Report of the Indian Hemp Drugs Commission, 1894-1895 - Volume V
Year: 1894
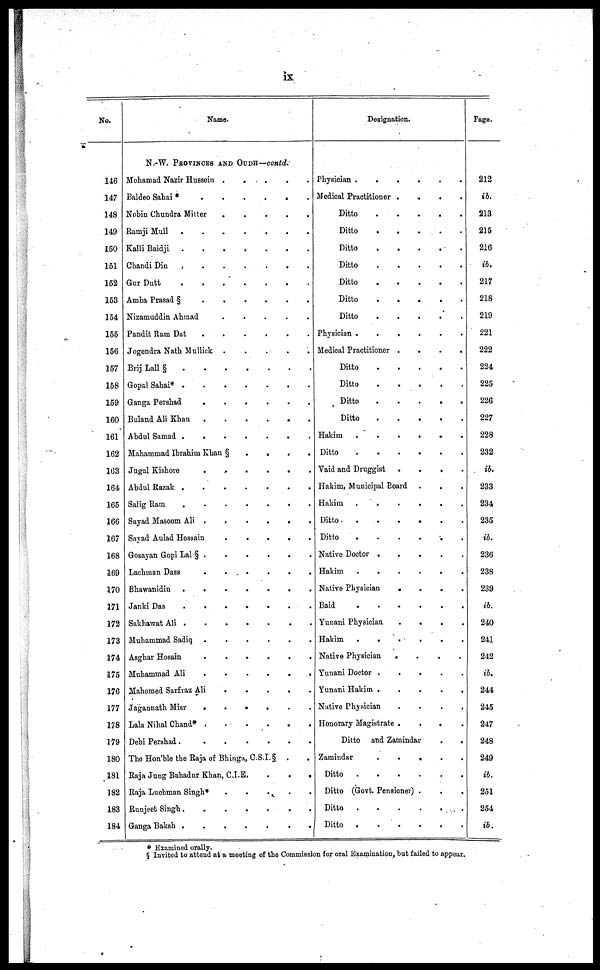
ix
No.
146
147
148
149
150
151
152
153
154
155
156
157
158
159
160
161
162
163
164
165
166
167
168
169
170
171
172
173
174
175
176
177
178
179
180
181
182
183
184
Name.
N.-W. PROVINCES AND OUDH—contd.
Mohamad Nazir Hussein .
.
.
.
.
Baldeo Sahai *
.
.
.
.
.
.
Nobin Chundra Mitter
.
.
.
.
.
.
Ramji Mull
.
.
.
.
.
.
Kalli Baidji
.
.
.
.
.
.
Chandi
Din
.
.
.
.
.
.
Gur Dutt
.
.
.
.
.
.
Amba Prasad §
.
.
.
.
.
.
.
Nizamuddin Ahmad
.
.
.
.
.
.
Pandit Ram Dat . . . . . .
Jogendra Nath Mullick
.
.
.
.
.
.
Brij Lall §
.
.
.
.
.
.
Gopal Sahai*
.
.
.
.
.
.
Ganga Pershad
.
.
.
.
.
.
Buland Ali Khan
.
.
.
.
.
.
Abdul Samad .
.
.
.
.
.
.
Mahammad Ibrahim Khan §
.
.
.
.
Jugal Kishore
.
.
.
.
.
.
Abdul Razak
.
.
.
.
.
.
Salig Ram
.
.
.
.
.
.
Sayad Masoom Ali
.
.
.
.
.
.
Sayad Aulad Hossain
.
.
.
.
.
.
Gosayan Gopi Lal § .
.
.
.
.
Lachman Dass
.
.
.
.
.
.
Bhawanidin
.
.
.
.
.
.
Janki Das
.
.
.
.
.
.
.
Sakhawat Ali
.
.
.
.
.
.
Muhammad Sadiq
.
.
.
.
.
.
Asghar Hosain
.
.
.
.
.
.
Muhammad Ali
.
.
.
.
.
.
Mahomed Sarfraz Ali
.
.
.
.
.
.
Jagannath Misr
.
.
.
.
.
.
Lala Nihal Chand*
.
.
.
.
.
.
Debi Pershad
.
.
.
.
.
.
The Hon'ble the Raja of Bhinga, C.S.I. § . .
Raja Jung Bahadur Khan, C.I.E.
.
.
.
Raja Luchman Singh*
.
.
.
.
.
Runjeet Singh
.
.
.
.
.
.
Ganga Baksh
.
.
.
.
.
.
Designation.
Physician
.
.
.
.
.
.
Medical Practitioner . . . .
Ditto
.
.
.
.
.
.
Ditto
.
.
.
.
.
.
Ditto
.
.
.
.
.
.
Ditto
.
.
.
.
.
.
Ditto
.
.
.
.
.
.
Ditto
.
.
.
.
.
.
Ditto
.
.
.
.
.
.
Physician .
.
.
.
.
.
Medical Practitioner .
.
.
.
Ditto
.
.
.
.
.
.
Ditto
.
.
.
.
.
.
Ditto
.
.
.
.
.
.
Ditto
.
.
.
.
.
.
Hakim
.
.
.
.
.
.
Ditto
.
.
.
.
.
.
Vaid and Druggist
.
.
.
.
Hakim, Municipal Board . . .
Hakim .
.
.
.
.
.
Ditto
.
.
.
.
.
.
Ditto
.
.
.
.
.
.
Native Doctor .
.
.
.
.
Hakim
.
.
.
.
.
.
Native Physician
.
.
.
.
Baid
.
.
.
.
.
.
Yunani Physician . . . .
Hakim
.
.
.
.
.
.
Native Physician
.
.
.
.
Yunani Doctor .
.
.
.
.
Yunani Hakim . . . . . .
Native Physician . . . .
Honorary Magistrate .
.
.
.
Ditto and Zamindar
.
.
Zamindar
.
.
.
.
.
.
Ditto
.
.
.
.
.
.
Ditto (Govt. Pensioner) . . .
Ditto
.
.
.
.
.
.
Ditto
.
.
.
.
.
.
Page.
212
ib.
213
215
216
ib.
217
218
219
221
222
224
225
226
227
228
232
ib.
233
234
235
ib.
236
238
239
ib.
240
241
242
ib.
244
245
247
248
249
ib.
251
254
ib.
* Examined orally.
§ Invited to attend at a meeting of the Commission for oral Examination, hut failed to appear.